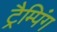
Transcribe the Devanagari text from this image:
ट्रैम्पिंग